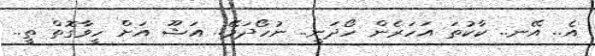
އެ.. އޭނ.. ކާކުތަ އަހަރެން ހޯދަނީ.. ނުހޯދަމޭ.. އަޝޫ އަށް ހީވާގޮތް ތީ..